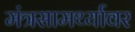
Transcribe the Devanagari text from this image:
मंत्रसामर्थ्यावर